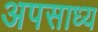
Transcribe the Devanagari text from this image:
अपसाध्य